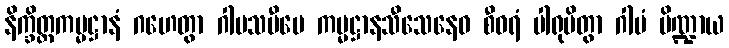
နိက္ခိတ္တကမ္မဋ္ဌာနံ ဂဟေတွာ ဂါမသမီပေ ကမ္မဋ္ဌာနသီသေနေဝ စီဝရံ ပါရုပိတွာ ဂါမံ ပိဏ္ဍာယ